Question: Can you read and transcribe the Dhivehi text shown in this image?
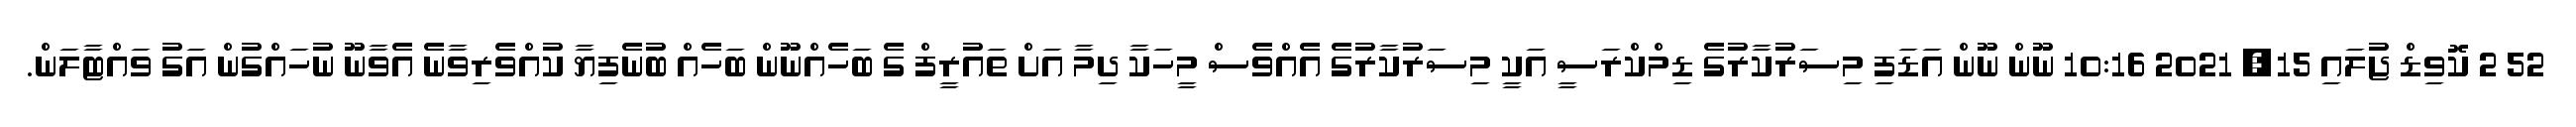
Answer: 52 2 ކޮވިޑް ޖުލައި 15, 2021 10:16 ނޫން ނޫން އަޑަފި މިސަރުކާރުގެ ޑިމްކްރަސީ އަކީ މިސަރުކާރުގެ އެއްވެސް މީހަކާ ދިމާ އަށް ތައުރީފް ގެ ބަހެއްނޫން ބަހެއް ބުނެފިޔާ ކުއްވެރިވާނެ އެވާނޫ ނުހައްގުން އަގު ވައްޓާލަން.